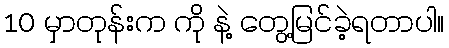
10 မှာတုန်းက ကို နဲ့ တွေ့မြင်ခဲ့ရတာပါ။